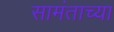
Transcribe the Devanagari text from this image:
सामंताच्या